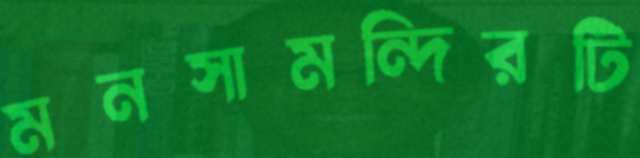
মনসামন্দিরটি